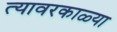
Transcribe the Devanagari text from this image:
त्यावरकाळ्या